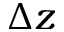
\Delta z